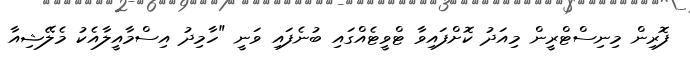
ފޮރިން މިނިސްޓްރީން މިއަދު ކޮށްފައިވާ ޓްވީޓެއްގައި ބުނެފައި ވަނީ "ހާމިދު އިސްމާއީލާއެކު މެލޭޝިއާ